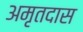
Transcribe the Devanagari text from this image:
अमृतदास